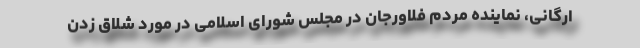
ارگانی، نماینده مردم فلاورجان در مجلس شورای اسلامی در مورد شلاق زدن